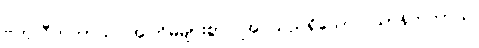
ဗဟုလီကတာယ၊ အကြိမ်များစွာပြုအပ်သည်ရှိသော်။ ယာနိကတာယ၊